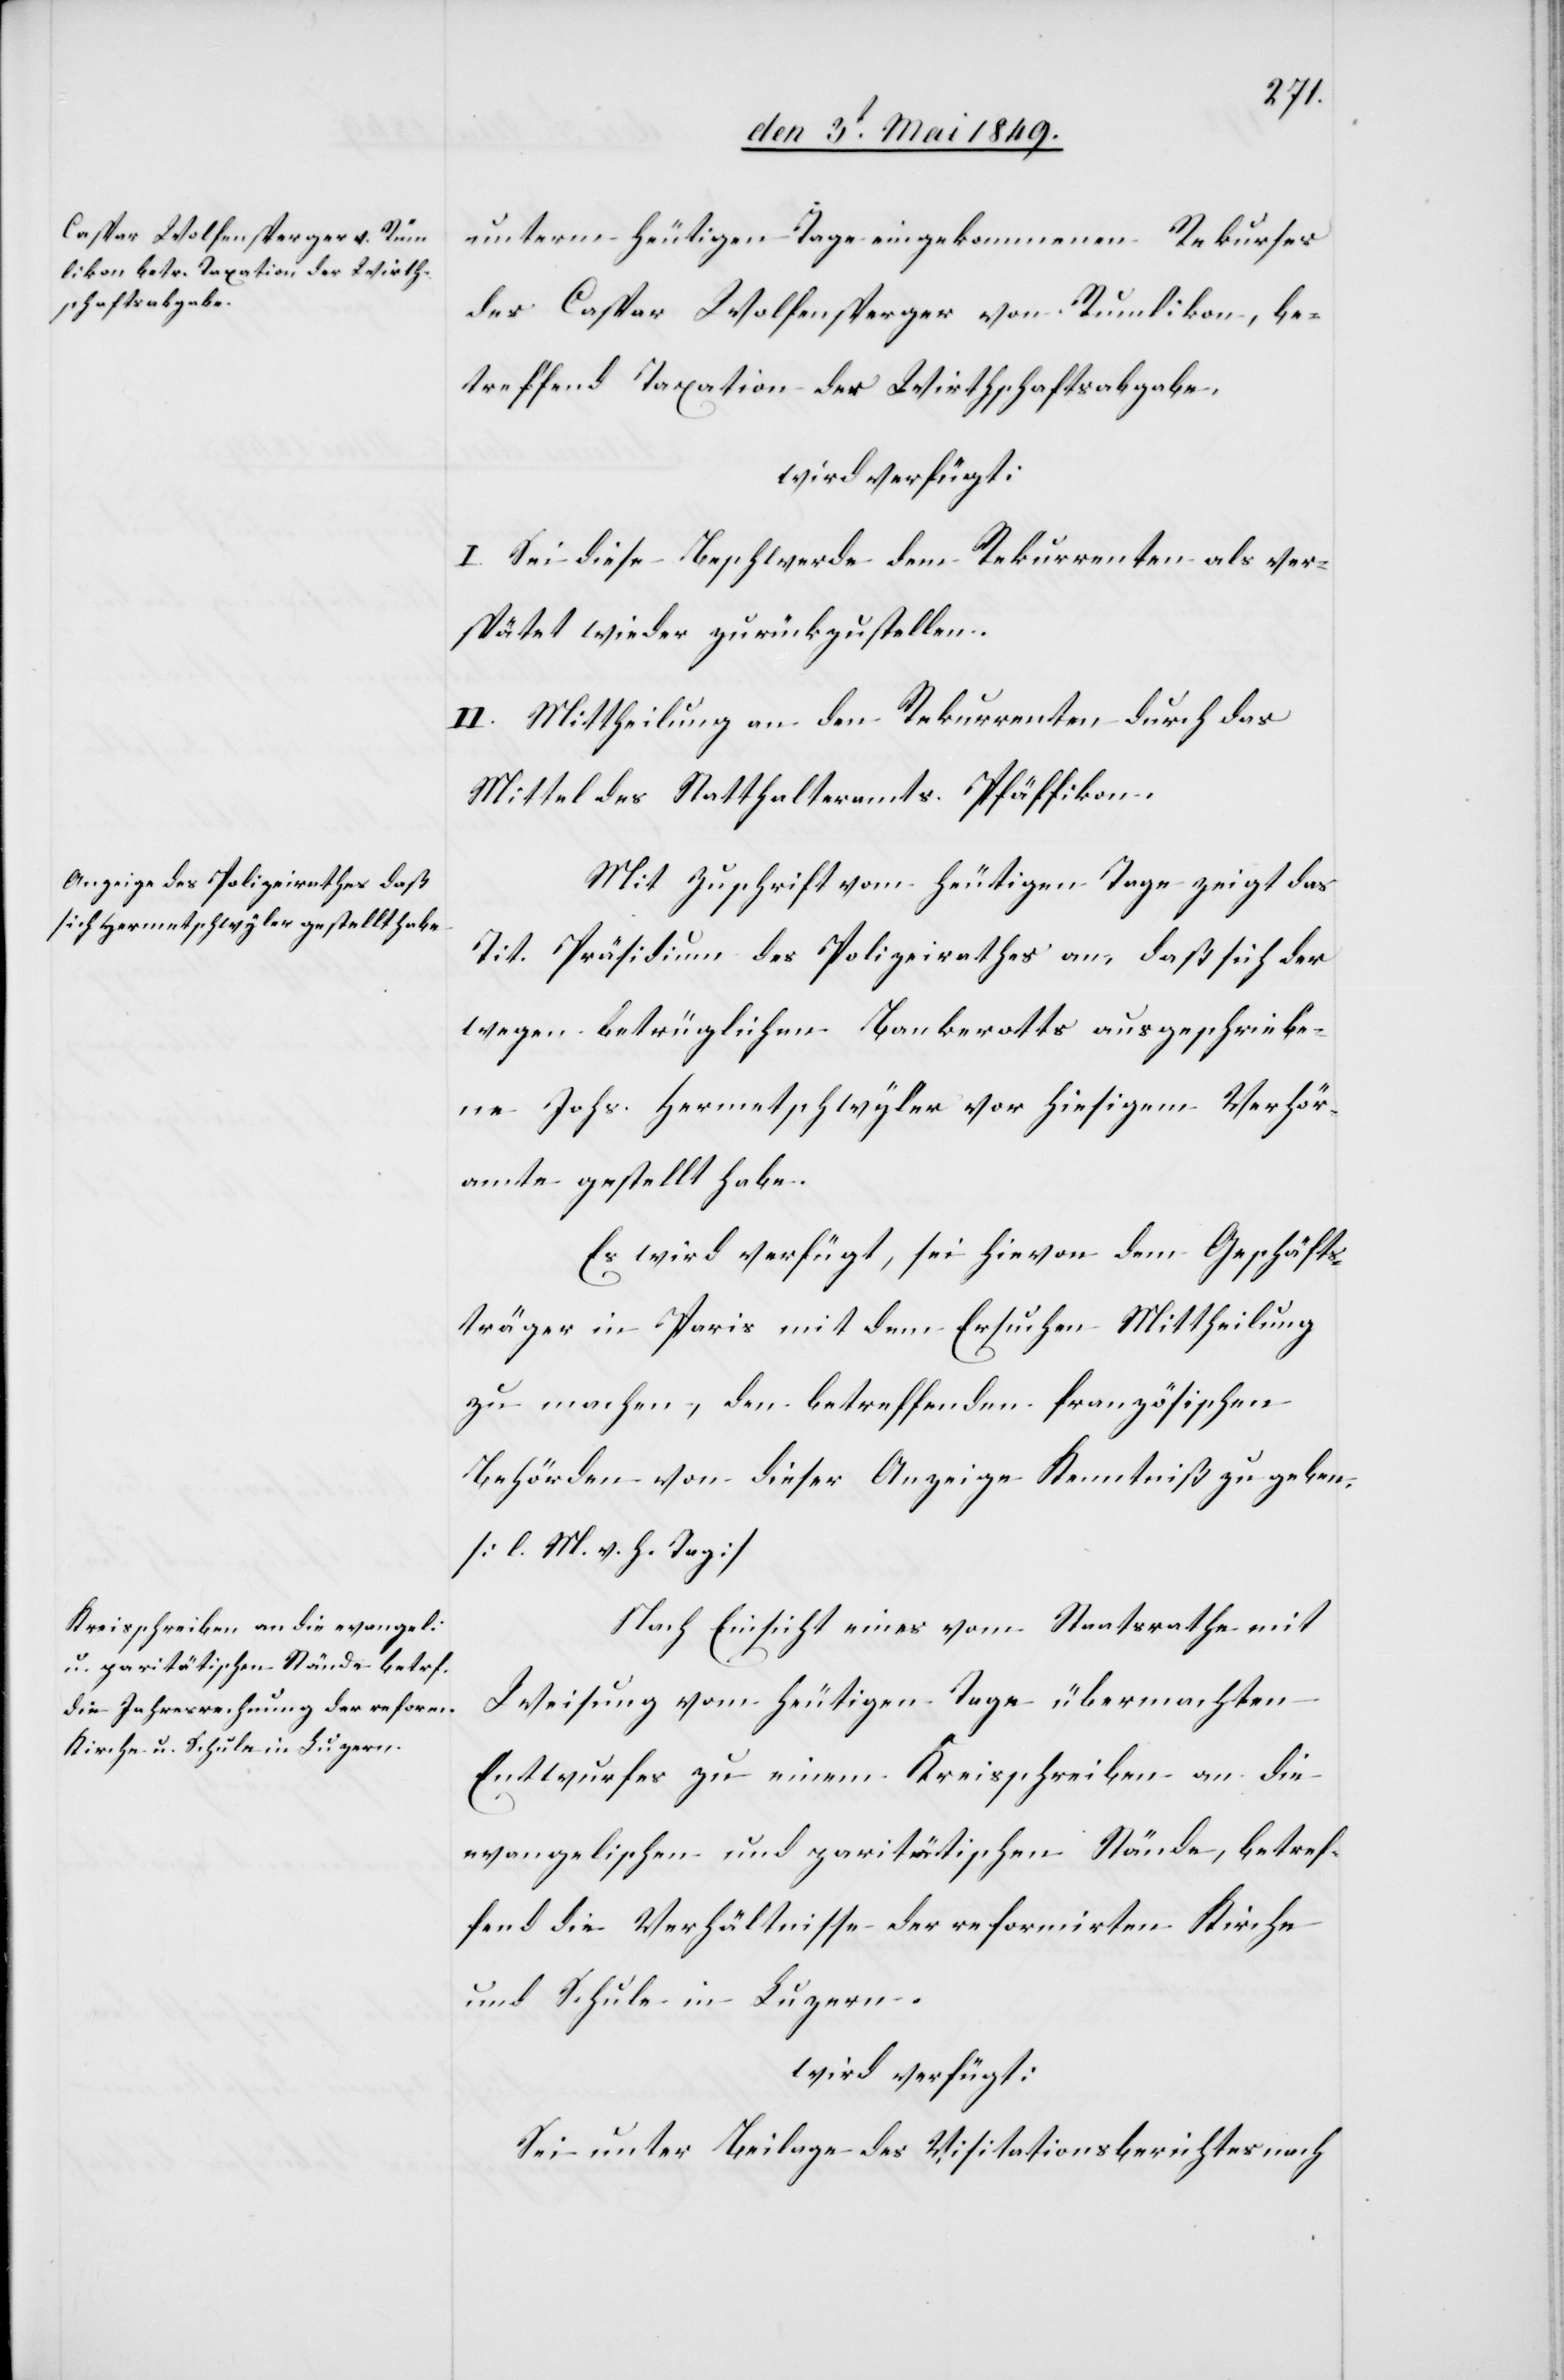
den 4. Mai 1849.]
unterm heutigen Tage eingekommenen Rekurses
des Caspar Wolfensperger von Rumlikon
betreffend Taxation der Wirthschaftsabgabe,
wird verfügt:
I. Sei diese Beschwerde dem Rekurrenten als ver¬
spätet wieder zurückzustellen.
II. Mittheilung an den Rekurrenten durch das
Mittel des Statthalteramts Pfäffikon.
Mit Zuschrift vom heutigen Tage zeigt das
Tit. Präsidium des Polizeirathes an, daß sich der
wegen betrüglichen Bankerotts ausgeschriebe¬
ne Johs. Hermetschwyler vor hiesigem Verhör¬
amte gestellt habe.
Es wird verfügt, sei hievon dem Geschäfts¬
träger in Paris mit dem Ersuchen Mittheilung
zu machen, den betreffenden französischen
Behörden von dieser Anzeige Kenntniß zu geben,
[l. M. h. T][.]
Nach Einsicht eines vom Staatsrathe mit
Weisung vom heutigen Tage übermachten
Entwurfes zu einem Kreisschreiben an die
evangelischen und paritätischen Stände, betref¬
fend die Verhältnisse der reformirten Kirche
und Schule in Luzern.
wird verfügt:
Sei unter Beilage des Visitationsberichtes nach